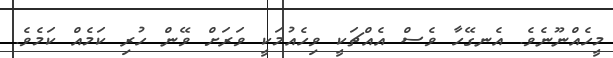
މީހެއްނޫނެވެ. އެނގޭހާ ވެސް އެއްޗަކީ ވިހެއުމަކީ ވަރަށް ވޭން ހުރި ކަމެއް ކަމެވެ.